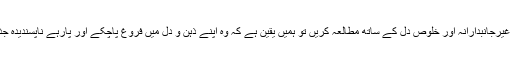
اگر مودی جی شریعت اسلامی کا غیرجانبدارانہ اور خلوص دل کے ساتھ مطالعہ کریں تو ہمیں یقین ہے کہ وہ اپنے ذہن و دل میں فروغ پاچکے اور پارہے ناپسندیدہ جذبہ سے نجات حاصل کرلیں گے ۔